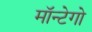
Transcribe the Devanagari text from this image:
मॉन्टेगो